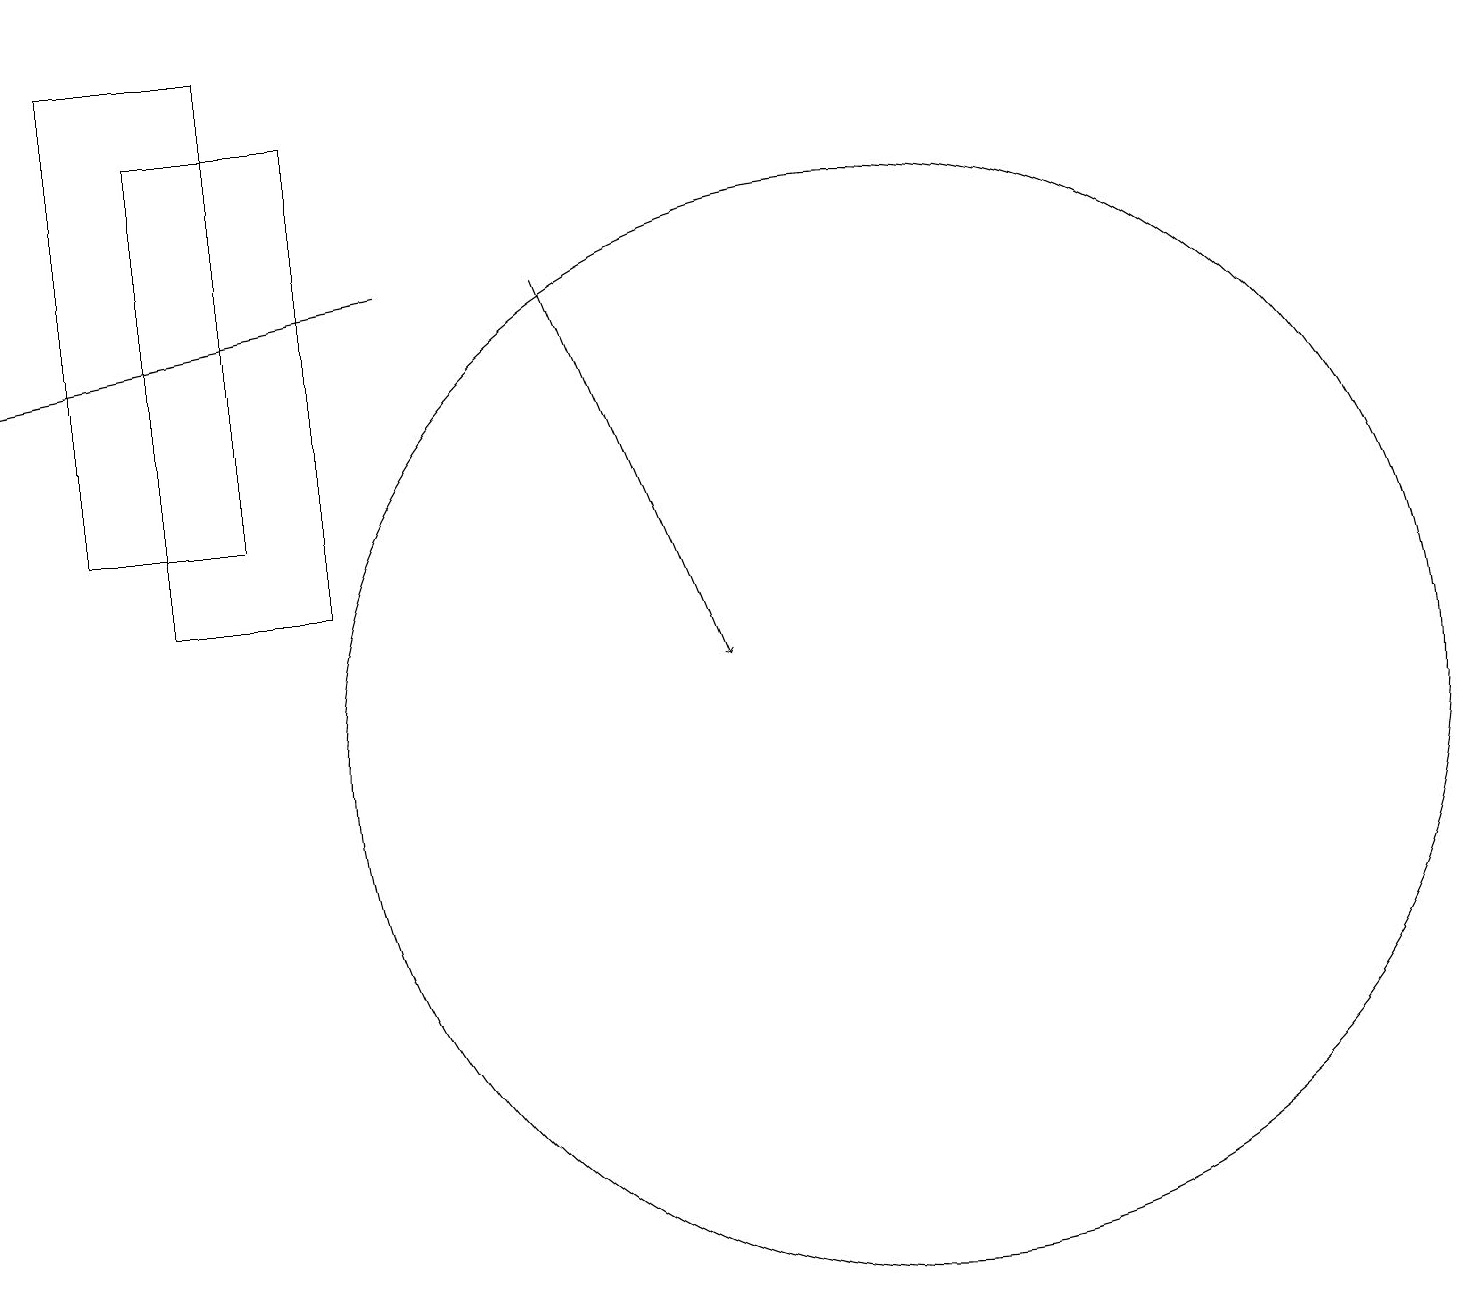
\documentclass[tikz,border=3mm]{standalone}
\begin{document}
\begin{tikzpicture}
\draw (4,12) rectangle (2,18);
\draw (11,10) circle (7);
\draw[->] (7,16) -- (9,11);
\draw (3,19) rectangle (1,13);
\draw[->] (5,16) -- (0,15);
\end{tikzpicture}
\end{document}